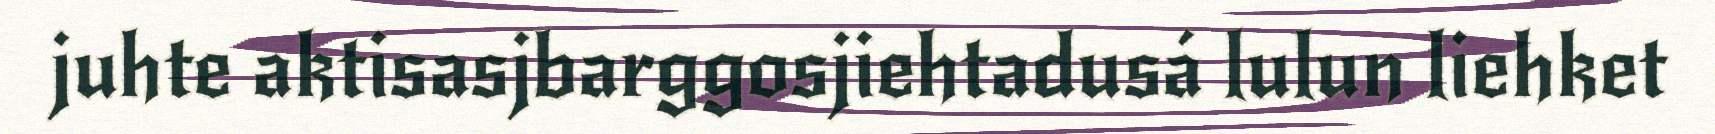
juhte aktisasjbarggosjiehtadusá lulun liehket